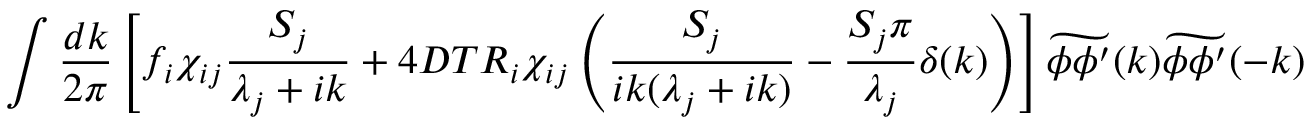
\int \frac { d k } { 2 \pi } \left[ f _ { i } \chi _ { i j } \frac { S _ { j } } { \lambda _ { j } + i k } + 4 D T R _ { i } \chi _ { i j } \left( \frac { S _ { j } } { i k ( \lambda _ { j } + i k ) } - \frac { S _ { j } \pi } { \lambda _ { j } } \delta ( k ) \right) \right] \widetilde { \phi \phi ^ { \prime } } ( k ) \widetilde { \phi \phi ^ { \prime } } ( - k )